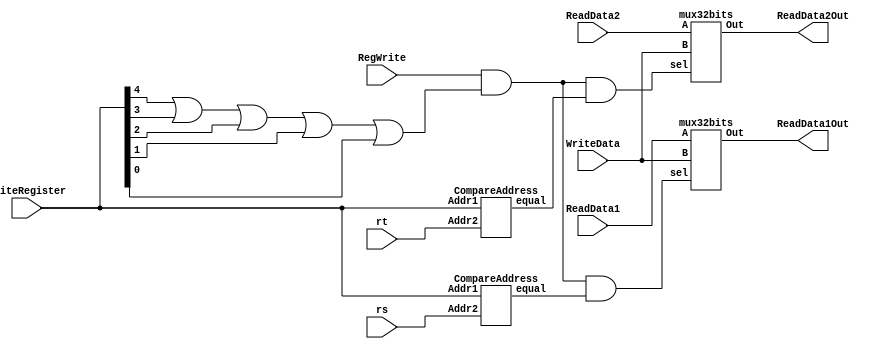
module WB_forward(ReadData1Out,ReadData2Out,ReadData1,ReadData2,rs,rt,WriteRegister,WriteData,RegWrite);
// WB Hazard: Reading data while writing 
// Solve Hazard at the WriteBack Stage
output [31:0] ReadData1Out,ReadData2Out;
input [31:0] ReadData1,ReadData2,WriteData;
input [4:0] rs,rt,WriteRegister;
input RegWrite;
wire ReadSourceRs,ReadSourceRt;
wire compOut1,compOut2;

or orWriteReg(orOut1,WriteRegister[4],WriteRegister[3],WriteRegister[2],WriteRegister[1],WriteRegister[0]);
CompareAddress Compare1(compOut1,WriteRegister,rs);
and andCondition1(ReadSourceRs,RegWrite,orOut1,compOut1);

CompareAddress Compare2(compOut2,WriteRegister,rt);
and andCondition2(ReadSourceRt,RegWrite,orOut1,compOut2);

mux32bits muxReadData1(ReadData1,WriteData,ReadSourceRs,ReadData1Out);
mux32bits muxReadData2(ReadData2,WriteData,ReadSourceRt,ReadData2Out);
endmodule

module mux32bits(
    input [31:0] A,
    input [31:0] B,
	 input sel,
    output reg[31:0] Out
    );
	always @(sel)
	begin
	if(sel==1'b0) Out<=A;
	else if (sel==1'b1) Out<=B;
	end
endmodule
module CompareAddress(equal,Addr1,Addr2); //compare 2 adresses to check if they are the same
	output equal;
	wire equal;
	input [4:0] Addr1,Addr2;
	wire [4:0] Addr1,Addr2,xorAddress;
	xor xorAddress4(xorAddress[4],Addr1[4],Addr2[4]);
	xor xorAddress3(xorAddress[3],Addr1[3],Addr2[3]);
	xor xorAddress2(xorAddress[2],Addr1[2],Addr2[2]);
	xor xorAddress1(xorAddress[1],Addr1[1],Addr2[1]);
	xor xorAddress0(xorAddress[0],Addr1[0],Addr2[0]);
	or Orgate1(OrAddr,xorAddress[4],xorAddress[3],xorAddress[2],xorAddress[1],xorAddress[0]);
	not notgate1(equal,OrAddr);
endmodule